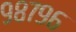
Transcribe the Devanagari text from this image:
९८७९६